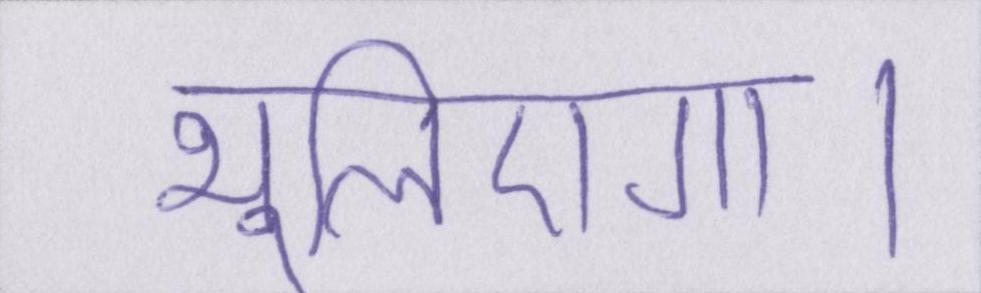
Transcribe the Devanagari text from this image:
भूलिएगा।